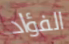
الفؤاد